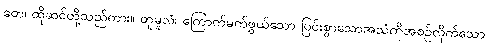
တေ၊ ထိုဆင်တို့သည်ကား။ တူမူလံ၊ ကြောက်မက်ဖွယ်သော ပြင်းစွာသောအသံကိုအစဉ်လိုက်သော